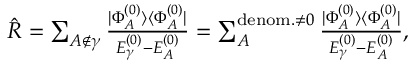
\begin{array} { r } { \hat { R } = \sum _ { A \notin \gamma } \frac { | \Phi _ { A } ^ { ( 0 ) } \rangle \langle \Phi _ { A } ^ { ( 0 ) } | } { E _ { \gamma } ^ { ( 0 ) } - E _ { A } ^ { ( 0 ) } } = \sum _ { A } ^ { \mathrm { d e n o m . } \neq 0 } \frac { | \Phi _ { A } ^ { ( 0 ) } \rangle \langle \Phi _ { A } ^ { ( 0 ) } | } { E _ { \gamma } ^ { ( 0 ) } - E _ { A } ^ { ( 0 ) } } , } \end{array}